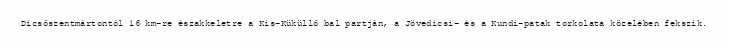
Dicsőszentmártontól 16 km-re északkeletre a Kis-Küküllő bal partján, a Jövedicsi- és a Kundi-patak torkolata közelében fekszik.